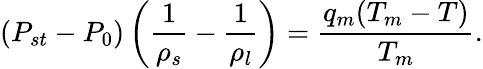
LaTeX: (P_{st}-P_{0})\left(\frac{1}{\rho_{s}}-\frac{1}{\rho_{l}}\right)=\frac{q_{m}(T_{m}-T)}{T_{m}}.